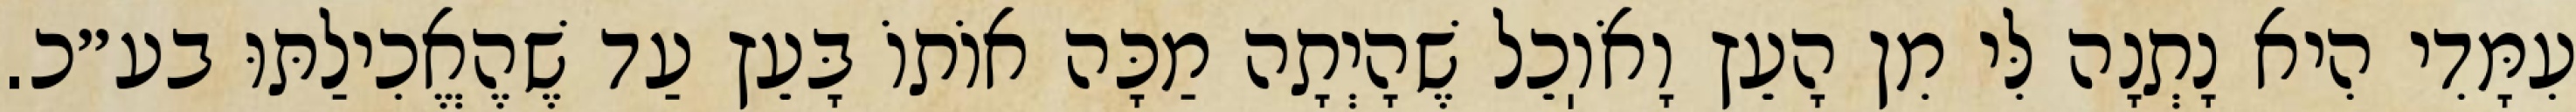
עִמָּדִי הִיא נָתְנָה לִּי מִן הָעֵץ וָאֹוֽכֵל שֶׁהָיְתָה מַכָּה אוֹתוֹ בָּעֵץ עַד שֶׁהֶאֱכִילַתּוּ בע״כ.